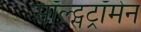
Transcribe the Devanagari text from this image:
सॉल्ट्सट्रॉमेन